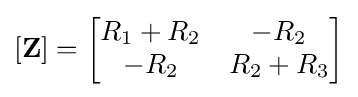
\mathbf {[Z]} ={\begin{bmatrix}R_{1}+R_{2}&-R_{2}\\-R_{2}&R_{2}+R_{3}\end{bmatrix}}